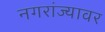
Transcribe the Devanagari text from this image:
नगरांज्यावर